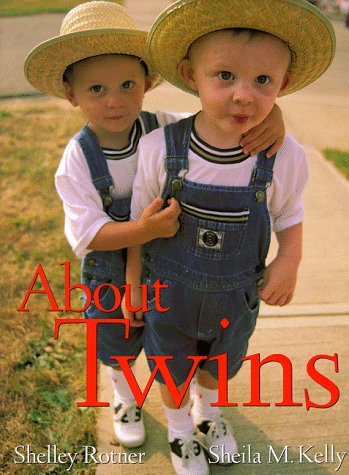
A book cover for About Twins; DK Publishing; Parenting & Relationships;